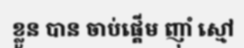
ខ្លួន បាន ចាប់ផ្តើម ញ៉ាំ ស្មៅ